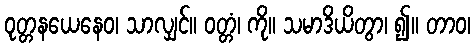
ဝုတ္တနယေနေဝ၊ သာလျှင်။ ဝတ္တံ၊ ကို။ သမာဒိယိတွာ၊ ၍။ တာဝ၊